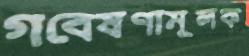
গবেষণামূলক